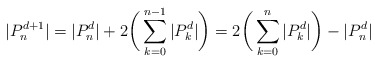
\begin{align*}|P_n^{d+1}| = |P_n^d| + 2\bigg(\sum_{k=0}^{n-1} |P_k^d| \bigg) = 2\bigg(\sum_{k=0}^n |P_k^d|\bigg) - |P_n^d|\end{align*}